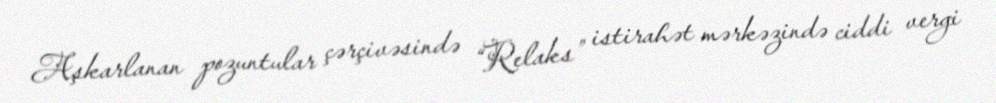
Aşkarlanan pozuntular çərçivəsində “Relaks” istirahət mərkəzində ciddi vergi